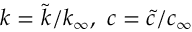
k = { \tilde { k } } / { k _ { \infty } } , \ c = { \tilde { c } } / { c _ { \infty } }